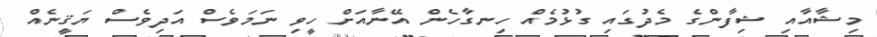
މިޝާއާއި ޝިފާންގެ މެދުގައި ގުޅުމެއް ހިނގާހެން އޭނާއަށް ހީވި ނަމަވެސް އަދިވެސް ޔަޤީނެއް